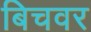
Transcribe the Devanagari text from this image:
बिचवर